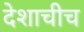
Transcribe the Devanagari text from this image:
देशाचीच